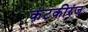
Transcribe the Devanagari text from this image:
कंटकीरंज